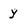
Character: y